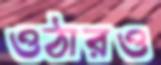
ওঠারও